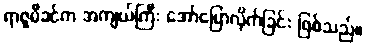
ရာဇူမီခင်က အကျယ်ကြီး အော်ပြောလိုက်ခြင်း ဖြစ်သည်။